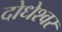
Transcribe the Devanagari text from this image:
दोधेश्वर